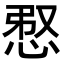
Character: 𢚫